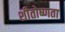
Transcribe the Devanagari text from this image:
शीतोष्णता